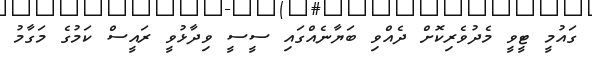
ގައުމީ ޓީވީ މެދުވެރިކޮށް ދެއްވި ބަޔާނެއްގައި ސީސީ ވިދާޅުވީ ރައީސް ކަމުގެ މަގާމު